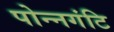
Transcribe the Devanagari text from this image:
पोन्नगंटि